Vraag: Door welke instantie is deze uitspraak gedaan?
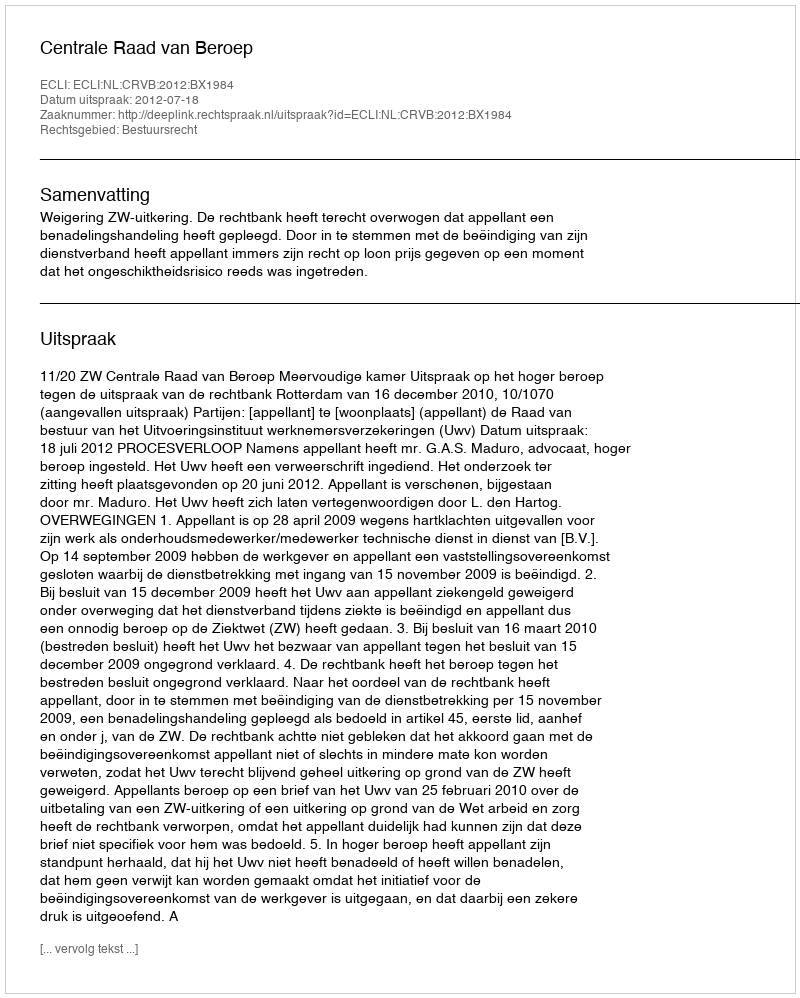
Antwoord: Centrale Raad van Beroep